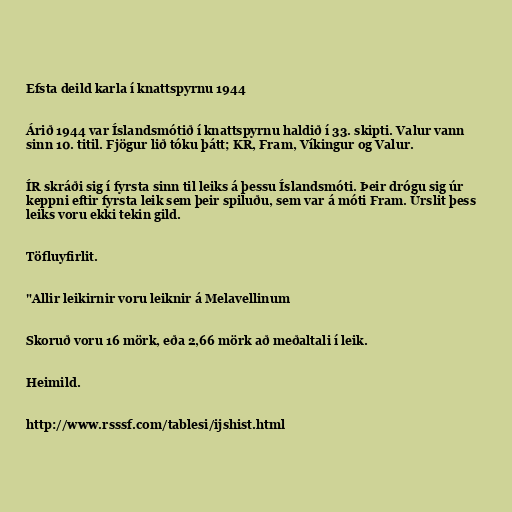
Efsta deild karla í knattspyrnu 1944

Árið 1944 var Íslandsmótið í knattspyrnu haldið í 33. skipti. Valur vann
sinn 10. titil. Fjögur lið tóku þátt; KR, Fram, Víkingur og Valur.

ÍR skráði sig í fyrsta sinn til leiks á þessu Íslandsmóti. Þeir drógu sig úr
keppni eftir fyrsta leik sem þeir spiluðu, sem var á móti Fram. Úrslit þess
leiks voru ekki tekin gild.

Töfluyfirlit.

"Allir leikirnir voru leiknir á Melavellinum

Skoruð voru 16 mörk, eða 2,66 mörk að meðaltali í leik.

Heimild.

http://www.rsssf.com/tablesi/ijshist.html